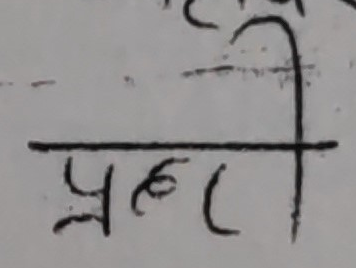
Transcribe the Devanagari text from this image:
प्रहरी